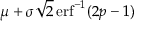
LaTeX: \mu + \sigma { \sqrt { 2 } } \operatorname { e r f } ^ { - 1 } ( 2 p - 1 )